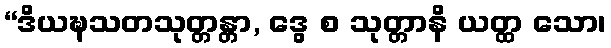
“ဒိယဍ္ဎသတသုတ္တန္တာ, ဒွေ စ သုတ္တာနိ ယတ္ထ သော၊